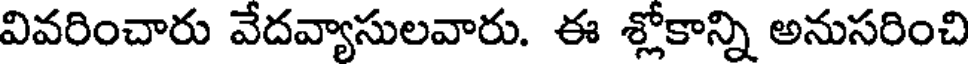
వివరించారు వేదవ్యాసులవారు. ఈ శ్లోకాన్ని అనుసరించి